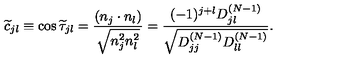
\widetilde { c } _ { j l } \equiv \cos \widetilde { \tau } _ { j l } = \frac { ( n _ { j } \cdot n _ { l } ) } { \sqrt { n _ { j } ^ { 2 } n _ { l } ^ { 2 } } } = \frac { ( - 1 ) ^ { j + l } D _ { j l } ^ { ( N - 1 ) } } { \sqrt { D _ { j j } ^ { ( N - 1 ) } D _ { l l } ^ { ( N - 1 ) } } } .